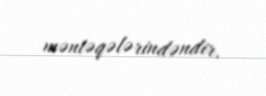
məntəqələrindəndir.